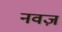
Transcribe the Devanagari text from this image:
नवज़